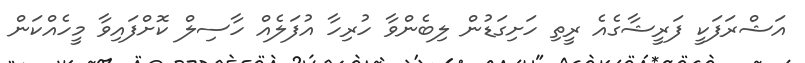
އަޝްރަފަކީ ފަރީޝާގެއެ ރީތި ހަށިގަޑުން ލިބެންވާ ހުރިހާ އުފަލެއް ހާސިލް ކޮށްފައިވާ މީހެއްކަން